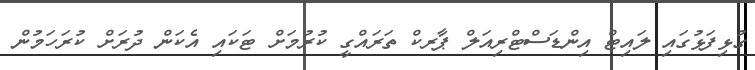
ގުޅިފަޅުގައި ލައިޓް އިންޑަސްޓްރިއަލް ޕާރކް ތަރައްގީ ކުރުމަށް ޓަކައި އެކަން ދުރަށް ކުރަހަމުން